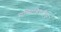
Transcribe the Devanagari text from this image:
सब्सिडियरीज